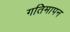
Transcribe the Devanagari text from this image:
गतिमापन